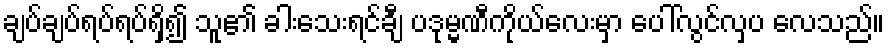
ချပ်ချပ်ရပ်ရပ်ရှိ၍ သူ၏ ခါးသေးရင်ချီ ပဒုမ္မဏီကိုယ်လေးမှာ ပေါ်လွင်လှပ လေသည်။